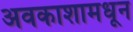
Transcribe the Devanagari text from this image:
अवकाशामधून